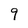
Character: 9